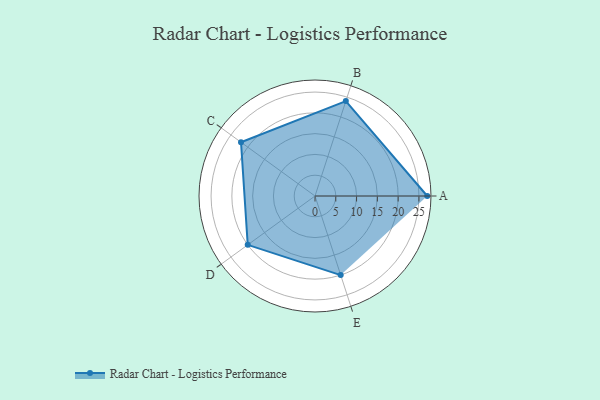
{"axis": {"x": "Skill", "y": "Score"}, "legend": ["Profile"], "data": [{"x": "A", "y": 27.0, "type": "Profile"}, {"x": "B", "y": 24.0, "type": "Profile"}, {"x": "C", "y": 22.0, "type": "Profile"}, {"x": "D", "y": 20.0, "type": "Profile"}, {"x": "E", "y": 20, "type": "Profile"}]}